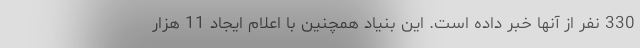
330 نفر از آنها خبر داده است. اين بنياد همچنين با اعلام ايجاد 11 هزار